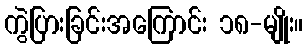
ကွဲပြားခြင်းအကြောင်း ၁၈-မျိုး။